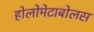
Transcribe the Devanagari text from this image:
होलोमेटाबोलस